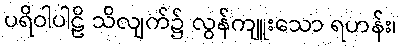
ပရိဝါပါဠိ သိလျက်၌ လွန်ကျူးသော ရဟန်း၊